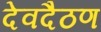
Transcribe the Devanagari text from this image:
देवदैठण